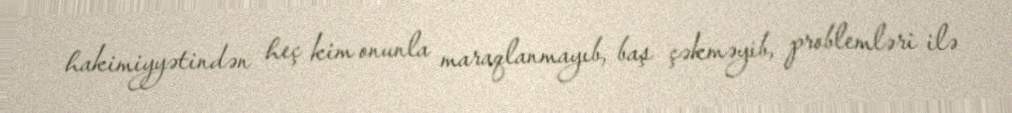
hakimiyyətindən heç kim onunla maraqlanmayıb, baş çəkməyib, problemləri ilə